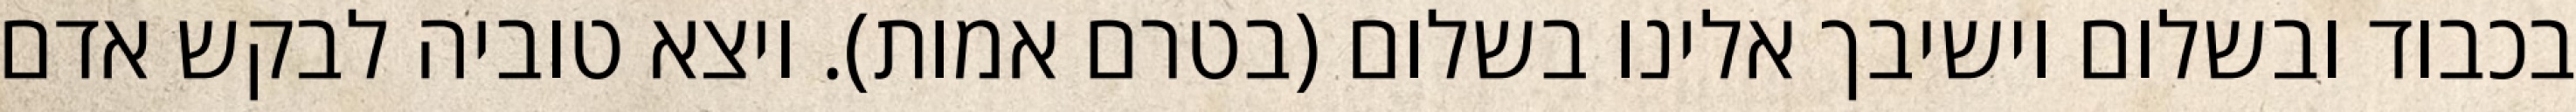
בכבוד ובשלום וישיבך אלינו בשלום (בטרם אמות). ויצא טוביה לבקש אדם